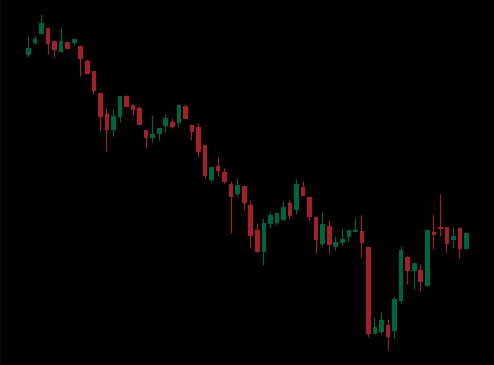
Pattern: bull_flag